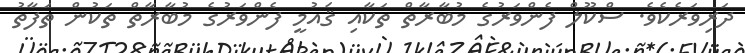
ދަރިވަރެކެވެ. ސްކޫލް ފެންވަރުގެ މުބާރާތް ތަކާއި ޤައުމީ ފެންވަރުގެ މުބާރާތް ތަކުން ތަފާތު